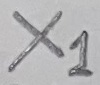
Text: X1